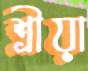
শ্রীয়া